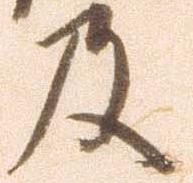
及